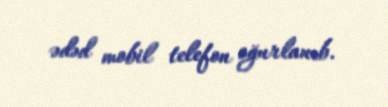
ədəd mobil telefon oğurlanıb.